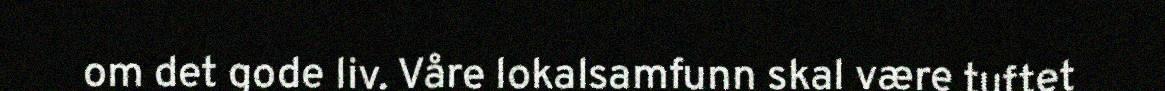
om det gode liv. Våre lokalsamfunn skal være tuftet